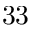
^ Ḋ 3 3 Ḍ